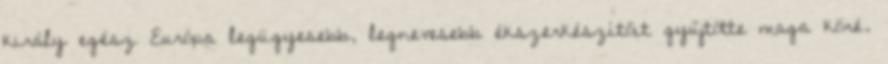
király egész Európa legügyesebb, legnevesebb ékszerkészítőit gyűjtötte maga köré.